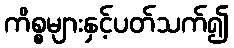
ကိစ္စများနှင့်ပတ်သက်၍